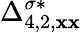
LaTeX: {\Delta}_{4,2,\mathbf{x}\mathbf{x}}^{\sigma*}